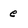
Character: e